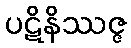
ပဋိနိဿဇ္ဇ